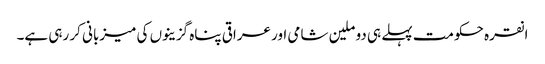
انقرہ حکومت پہلے ہی دو ملین شامی اور عراقی پناہ گزینوں کی میزبانی کر رہی ہے۔